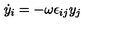
\dot { y } _ { i } = - \omega \epsilon _ { i j } y _ { j }